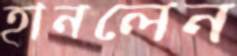
হানলেন